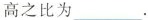
的高之比为___。